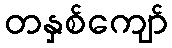
တနှစ်ကျော်